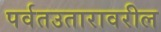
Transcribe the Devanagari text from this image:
पर्वतउतारावरील